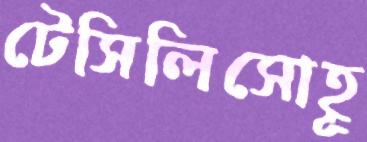
টেসিলিসোহূ